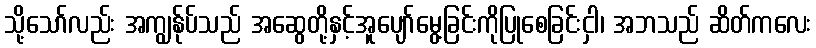
သို့သော်လည်း အကျွန်ုပ်သည် အဆွေတို့နှင့်အူပျော်မွေ့ခြင်းကိုပြုစေခြင်းငှါ၊ အဘသည် ဆိတ်ကလေး